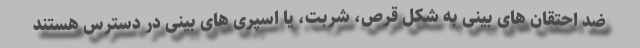
ضد احتقان های بینی به شکل قرص، شربت، یا اسپری های بینی در دسترس هستند